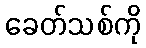
ခေတ်သစ်ကို